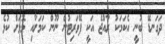
ދަގަނޑޭ ބުނީ އެކަމަކު ރާއްޖެ އަކީ ފޭވަރިޓުން ނޫން ކަމަށާއި މޮޅަށް ކުޅެ